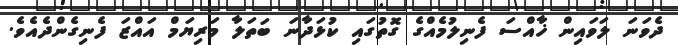
ދެވަނަ ލަވައިން ޚާއްސަ ފެނިލުމެއްގެ ގޮތުގައި ކުޅަދާނަ ބަތަލާ މަރިޔަމް އައްޒަ ފެނިގެންދެއެވެ.